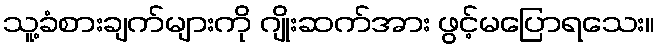
သူ့ခံစားချက်များကို ဂျိုးဆက်အား ဖွင့်မပြောရသေး။